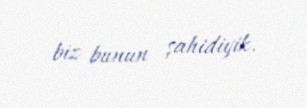
biz bunun şahidiyik.